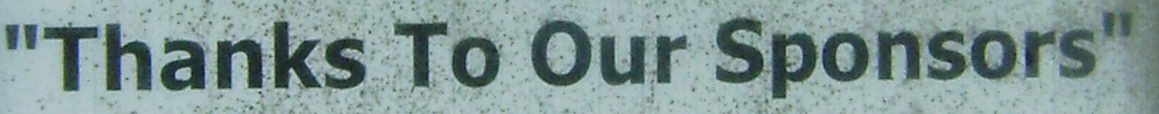
Thanks To Our Sponsors